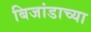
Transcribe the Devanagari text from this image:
बिजांडाच्या